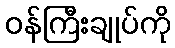
ဝန်ကြီးချုပ်ကို